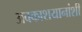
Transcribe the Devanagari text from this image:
अवकाशयानांशी